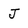
Character: j